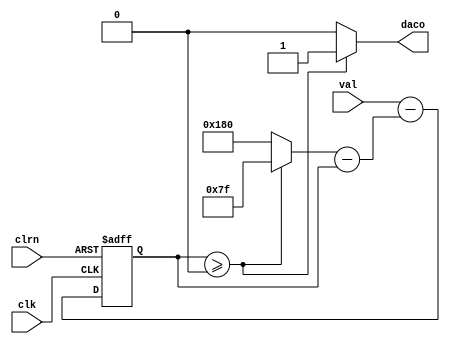
module sdmoda
(
	input clk, clrn,
	input signed [7:0] val,
	output reg daco
);

	reg signed [8:0] u;
	reg signed [8:0] ysh;
	reg signed [8:0] eps;
	
	always @(posedge clk or negedge clrn) 
	begin
		if (!clrn) u <= 0;
		else u <= val-eps;
	end

	always @(*)
	begin
		if (u>=0) 
		begin
			ysh=127;
			daco=1;
		end
		else
		begin
			ysh=-128;
			daco=0;
		end
		eps=ysh-u;
	end
	
endmodule